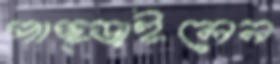
পাছ্‌ড়াইলেন